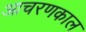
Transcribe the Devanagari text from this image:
आचरणकाल